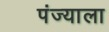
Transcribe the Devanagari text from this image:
पंज्याला